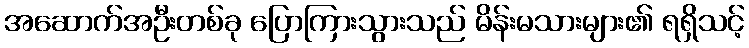
အဆောက်အဦးတစ်ခု ပြောကြားသွားသည် မိန်းမသားများ၏ ရရှိသင့်